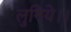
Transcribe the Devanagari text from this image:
लुनिये।।